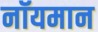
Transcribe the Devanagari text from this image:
नॉयमान